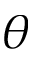
\theta